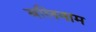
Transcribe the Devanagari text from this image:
बलिनाम